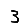
Digit: 3